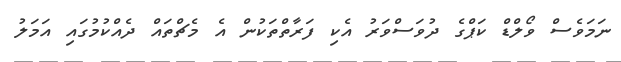
ނަމަވެސް ވޯލްޑް ކަޕްގެ ދުވަސްވަރު އެކި ފަރާތްތަކުން އެ މެޗްތައް ދެއްކުމުގައި އަމަލު